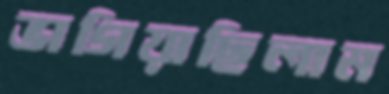
ভাগিয়াছিলাম